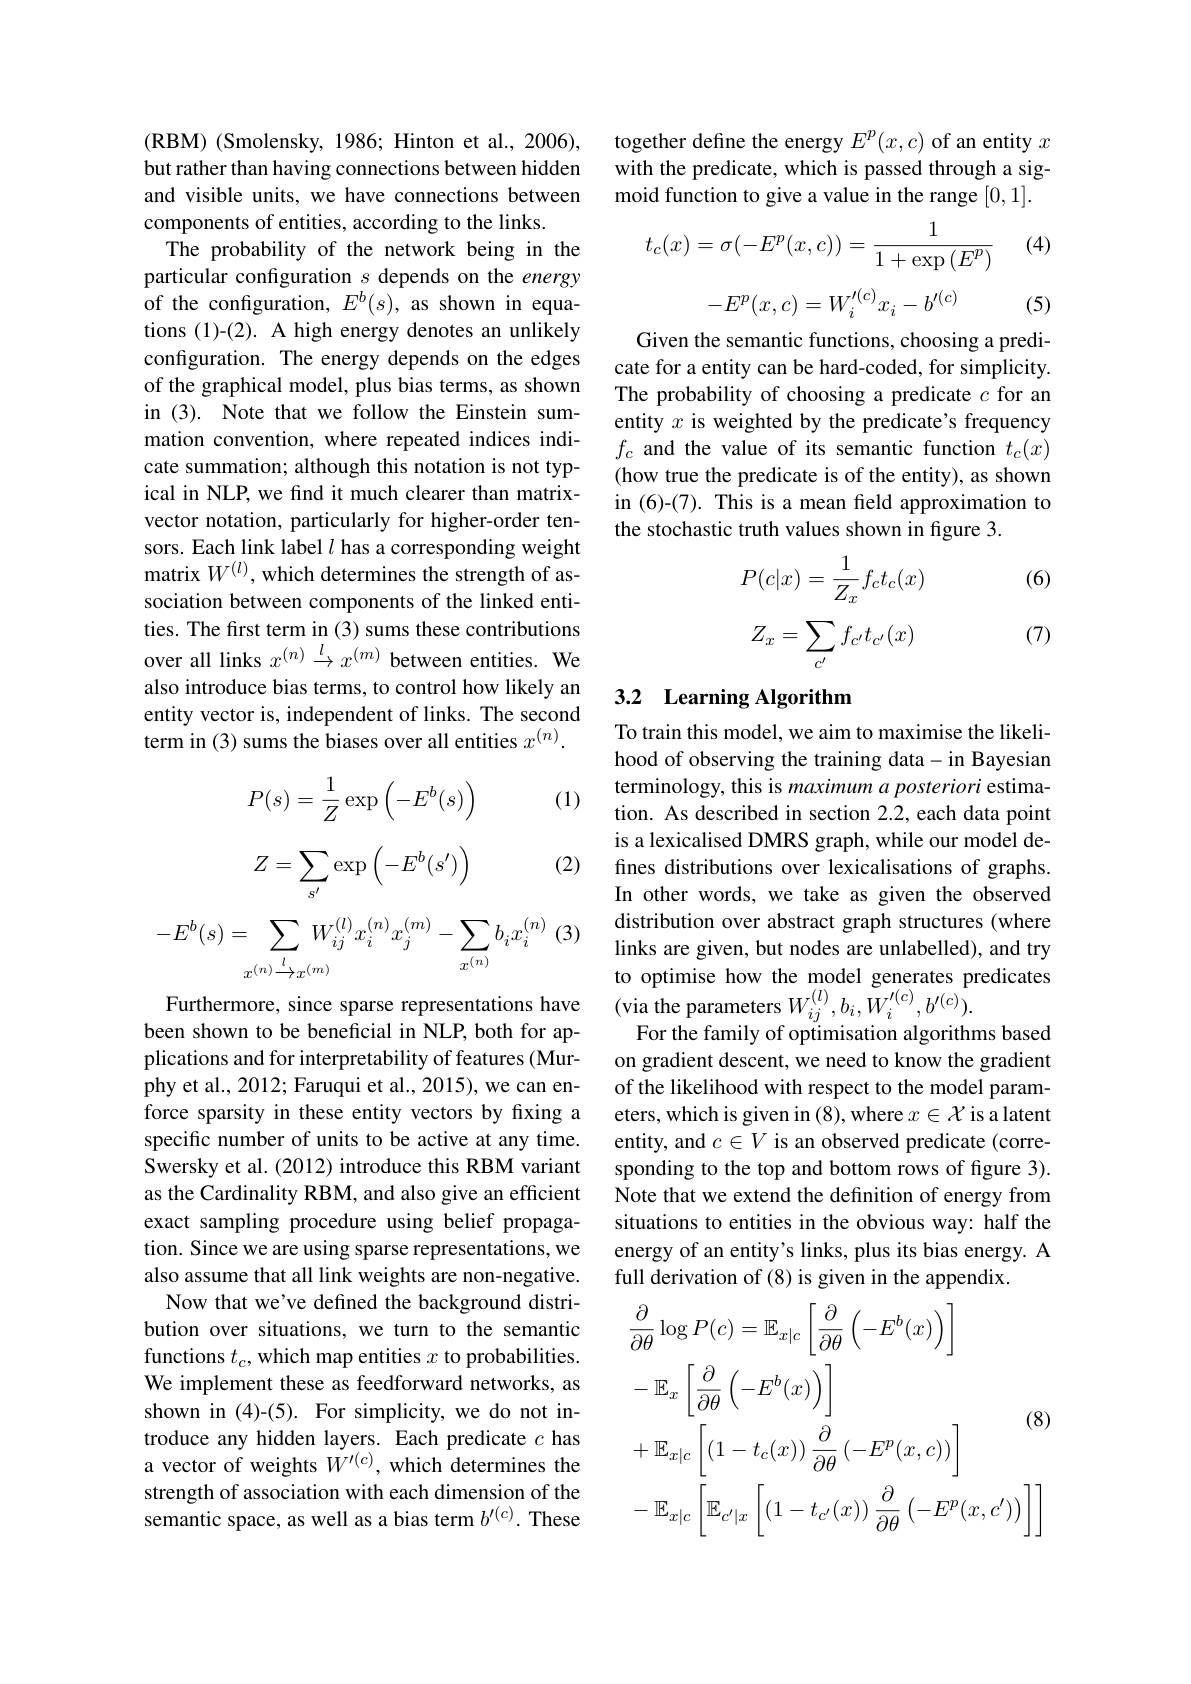
(RBM) ( Smolensky, 1986; Hinton et al. , 2006) , but rather than having connections between hidden and visible units, we have connections between components of entities, according to the links.
The probability of the network being in the particular configuration $s$ depends on the energy of the configuration, $E^b(s)$, as shown in equations (1)-(2). A high energy denotes an unlikely configuration. The energy depends on the edges of the graphical model, plus bias terms, as shown in (3). Note that we follow the Einstein summation convention, where repeated indices indicate summation; although this notation is not typical in NLP, we find it much clearer than matrixvector notation, particularly for higher-order tensors. Each link label $l$ has a corresponding weight matrix $W^{(l)}$, which determines the strength of association between components of the linked entities. The first term in (3) sums these contributions over all links $x^{(n)}\xrightarrow{l}x^{(m)}$ between entities. We also introduce bias terms, to control how likely an entity vector is, independent of links. The second term in (3) sums the biases over all entities $x^{(n)}.$

(1)
$$P(s)=\dfrac{1}{Z}\exp\left(-E^b(s)\right)$$
$$Z=\sum_{s'}\exp\left(-E^b(s')\right)$$
(2)
$$-E^b(s)=\sum_{x^{(n)}\overset{l}{\rightarrow}x^{(m)}}W_{ij}^{(l)}x_{i}^{(n)}x_{j}^{(m)}-\sum_{x^{(n)}}b_{i}x_{i}^{(n)}\:($$
Furthermore, since sparse representations have been shown to be beneficial in NLP, both for applications and for interpretability of features (Murphy et al., 2012; Faruqui et al., 2015), we can enforce sparsity in these entity vectors by fixing a specific number of units to be active at any time. Swersky et al. (2012) introduce this RBM variant as the Cardinality RBM, and also give an efficient exact sampling procedure using belief propagation. Since we are using sparse representations, we also assume that all link weights are non-negative.
Now that we've defined the background distribution over situations, we turn to the semantic functions $t_c$, which map entities $x$ to probabilities. We implement these as feedforward networks, as shown in (4)-(5). For simplicity, we do not introduce any hidden layers. Each predicate $c$ has a vector of weights $\tilde{W}^{\prime(c)}$, which determines the strength of association with each dimension of the semantic space, as well as a bias term $b^{\prime(c)}.$ These

together define the energy $E^p(x,c)$ of an entity $x$ with the predicate, which is passed through a sigmoid function to give a value in the range [0,1].

(4)
$$t_c(x)=\sigma(-E^p(x,c))=\frac{1}{1+\exp{(E^p)}}$$
$$\begin{aligned}-E^p(x,c)=W_i'^{(c)}x_i-b'^{(c)}\end{aligned}$$
(5)

Given the semantic functions, choosing a predicate for a entity can be hard-coded, for simplicity. The probability of choosing a predicate $c$ for an entity $x$ is weighted by the predicate's frequency $f_c$ and the value of its semantic function $t_c(x)$ (how true the predicate is of the entity), as shown in (6)-(7). This is a mean field approximation to the stochastic truth values shown in figure 3.

(6)
$$P(c|x)=\frac{1}{Z_x}f_ct_c(x)$$
$$Z_x=\sum_{c'}f_{c'}t_{c'}(x)$$
(7)

## 3.2 Learning Algorithm

To train this model, we aim to maximise the likelihood of observing the training data-in Bayesian terminology, this is maximum a posteriori estimation. As described in section 2.2, each data point is a lexicalised DMRS graph, while our model defines distributions over lexicalisations of graphs. In other words, we take as given the observed distribution over abstract graph structures (where links are given, but nodes are unlabelled), and try to optimise how the model generates predicates (via the parameters $W_ij^{(l)},b_i,\tilde{W}_i^{\prime(c)},b^{\prime(c)}).$
For the family of optimisation algorithms based on gradient descent, we need to know the gradient of the likelihood with respect to the model parameters, which is given in (8), where $x\in\mathcal{X}$ is a latent entity, and $c\in V$ is an observed predicate (corresponding to the top and bottom rows of figure 3). Note that we extend the definition of energy from situations to entities in the obvious way: half the energy of an entity's links, plus its bias energy. A full derivation of (8) is given in the appendix.
$$\begin{aligned}&\frac{\partial}{\partial\theta}\log P(c)=\mathbb{E}_{x|c}\left[\frac{\partial}{\partial\theta}\left(-E^{b}(x)\right)\right]\\&-\mathbb{E}_{x}\left[\frac{\partial}{\partial\theta}\left(-E^{b}(x)\right)\right]\\&&\text{(8)}\\&+\mathbb{E}_{x|c}\left[\left(1-t_{c}(x)\right)\frac{\partial}{\partial\theta}\left(-E^{p}(x,c)\right)\right]\\&-\mathbb{E}_{x|c}\left[\mathbb{E}_{c^{\prime}|x}\left[\left(1-t_{c^{\prime}}(x)\right)\frac{\partial}{\partial\theta}\left(-E^{p}(x,c^{\prime})\right)\right]\right]\end{aligned}$$